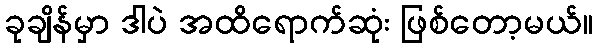
ခုချိန်မှာ ဒါပဲ အထိရောက်ဆုံး ဖြစ်တော့မယ်။